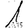
Digit: 1